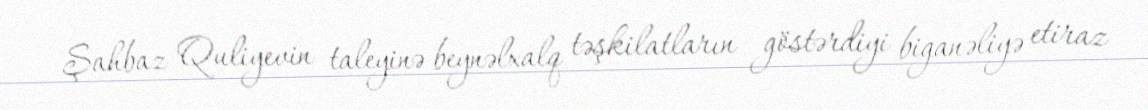
Şahbaz Quliyevin taleyinə beynəlxalq təşkilatların göstərdiyi biganəliyə etiraz